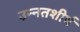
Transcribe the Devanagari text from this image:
उन्नतशीर्ष